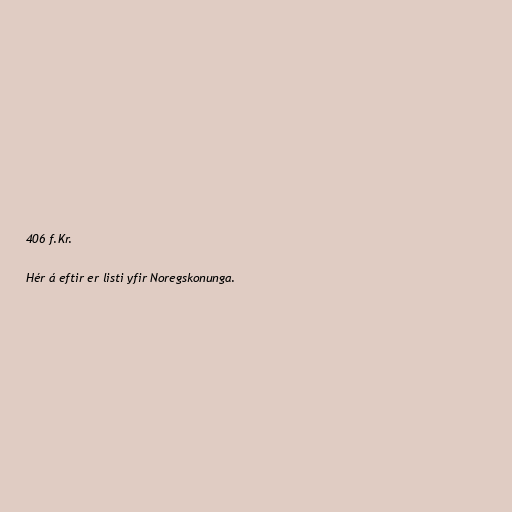
406 f.Kr.

Hér á eftir er listi yfir Noregskonunga.